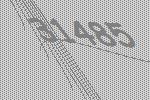
31485